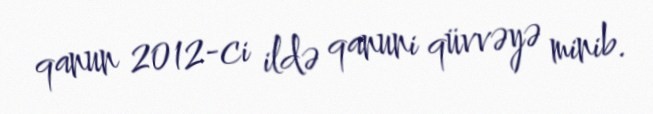
qanun 2012-ci ildə qanuni qüvvəyə minib.